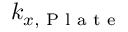
k _ { x , \textrm { P l a t e } }